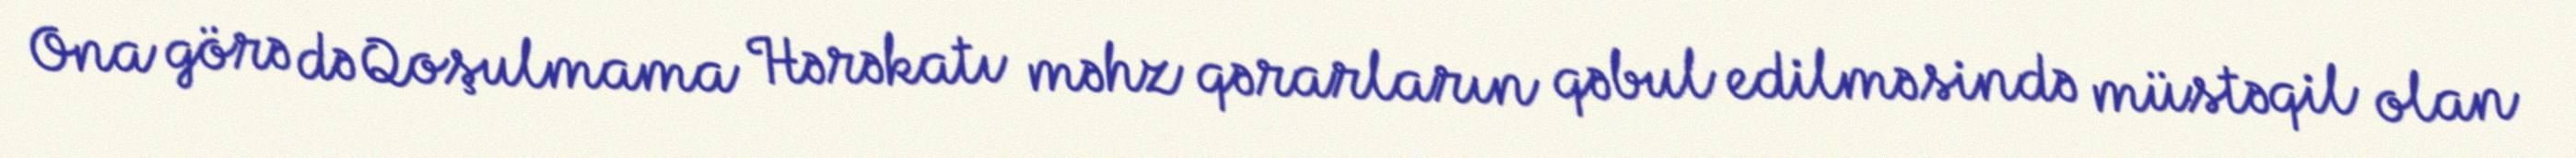
Ona görə də Qoşulmama Hərəkatı məhz qərarların qəbul edilməsində müstəqil olan